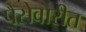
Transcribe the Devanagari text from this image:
पैसेवारीत